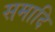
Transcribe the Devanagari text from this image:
समादि